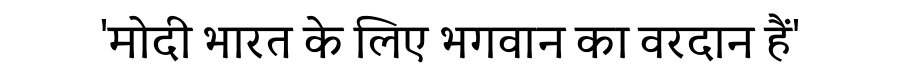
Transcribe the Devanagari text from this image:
'मोदी भारत के लिए भगवान का वरदान हैं'